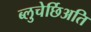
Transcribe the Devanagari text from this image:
ब्लुचेर्छिअति